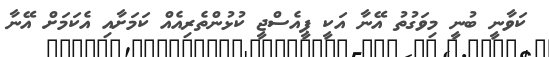
ކަވާނީ ބުނީ މިވަގުތު އޭނާ އަކީ ޕީއެސްޖީ ކުޅުންތެރިއެއް ކަމަށާއި އެކަމަށް އޭނާ